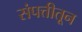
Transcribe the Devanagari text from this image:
संपत्तीतून